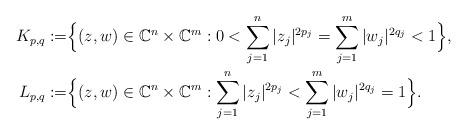
LaTeX: \begin{align*}K_{p,q}:=&\Big\{(z,w)\in\mathbb C^n\times\mathbb C^m:0<\sum_{j=1}^n|z_j|^{2p_j}=\sum_{j=1}^m|w_j|^{2q_j}<1\Big\},\\L_{p,q}:=&\Big\{(z,w)\in\mathbb C^n\times\mathbb C^m:\sum_{j=1}^n|z_j|^{2p_j}<\sum_{j=1}^m|w_j|^{2q_j}=1\Big\}.\end{align*}